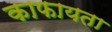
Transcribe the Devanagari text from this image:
काफायता